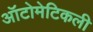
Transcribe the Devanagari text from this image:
ऑटोमेटिकली